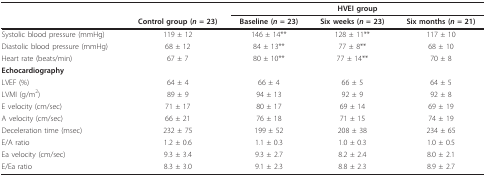
|  |  | <COLSPAN=3> HVEI group |
 |  | Control group (n = 23) | Baseline (n = 23) | Six weeks (n = 23) | Six months (n = 21) |
 | --- | --- | --- | --- | --- |
 | Systolic blood pressure (mmHg) | 119 ± 12 | 146 ± 14** | 128 ± 11** | 117 ± 10 |
 | Diastolic blood pressure (mmHg) | 68 ± 12 | 84 ± 13** | 77 ± 8** | 68 ± 10 |
 | Heart rate (beats/min) | 67 ± 7 | 80 ± 10** | 77 ± 14** | 70 ± 8 |
 | Echocardiography |  |  |  |  |
 | LVEF (%) | 64 ± 4 | 66 ± 4 | 66 ± 5 | 64 ± 5 |
 | LVMI (g/m2) | 89 ± 9 | 94 ± 13 | 92 ± 9 | 92 ± 8 |
 | E velocity (cm/sec) | 71 ± 17 | 80 ± 17 | 69 ± 14 | 69 ± 19 |
 | A velocity (cm/sec) | 66 ± 21 | 76 ± 18 | 71 ± 15 | 74 ± 19 |
 | Deceleration time (msec) | 232 ± 75 | 199 ± 52 | 208 ± 38 | 234 ± 65 |
 | E/A ratio | 1.2 ± 0.6 | 1.1 ± 0.3 | 1.0 ± 0.3 | 1.0 ± 0.5 |
 | Ea velocity (cm/sec) | 9.3 ± 3.4 | 9.3 ± 2.7 | 8.2 ± 2.4 | 8.0 ± 2.1 |
 | E/Ea ratio | 8.3 ± 3.0 | 9.1 ± 2.3 | 8.8 ± 2.3 | 8.9 ± 2.7 |